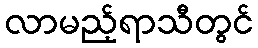
လာမည့်ရာသီတွင်